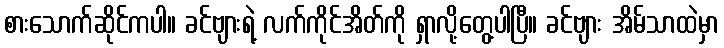
စားသောက်ဆိုင်ကပါ။ ခင်ဗျားရဲ့ လက်ကိုင်အိတ်ကို ရှာလို့တွေ့ပါပြီ။ ခင်ဗျား အိမ်သာထဲမှာ